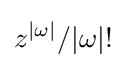
z^{|\omega |}/|\omega |!